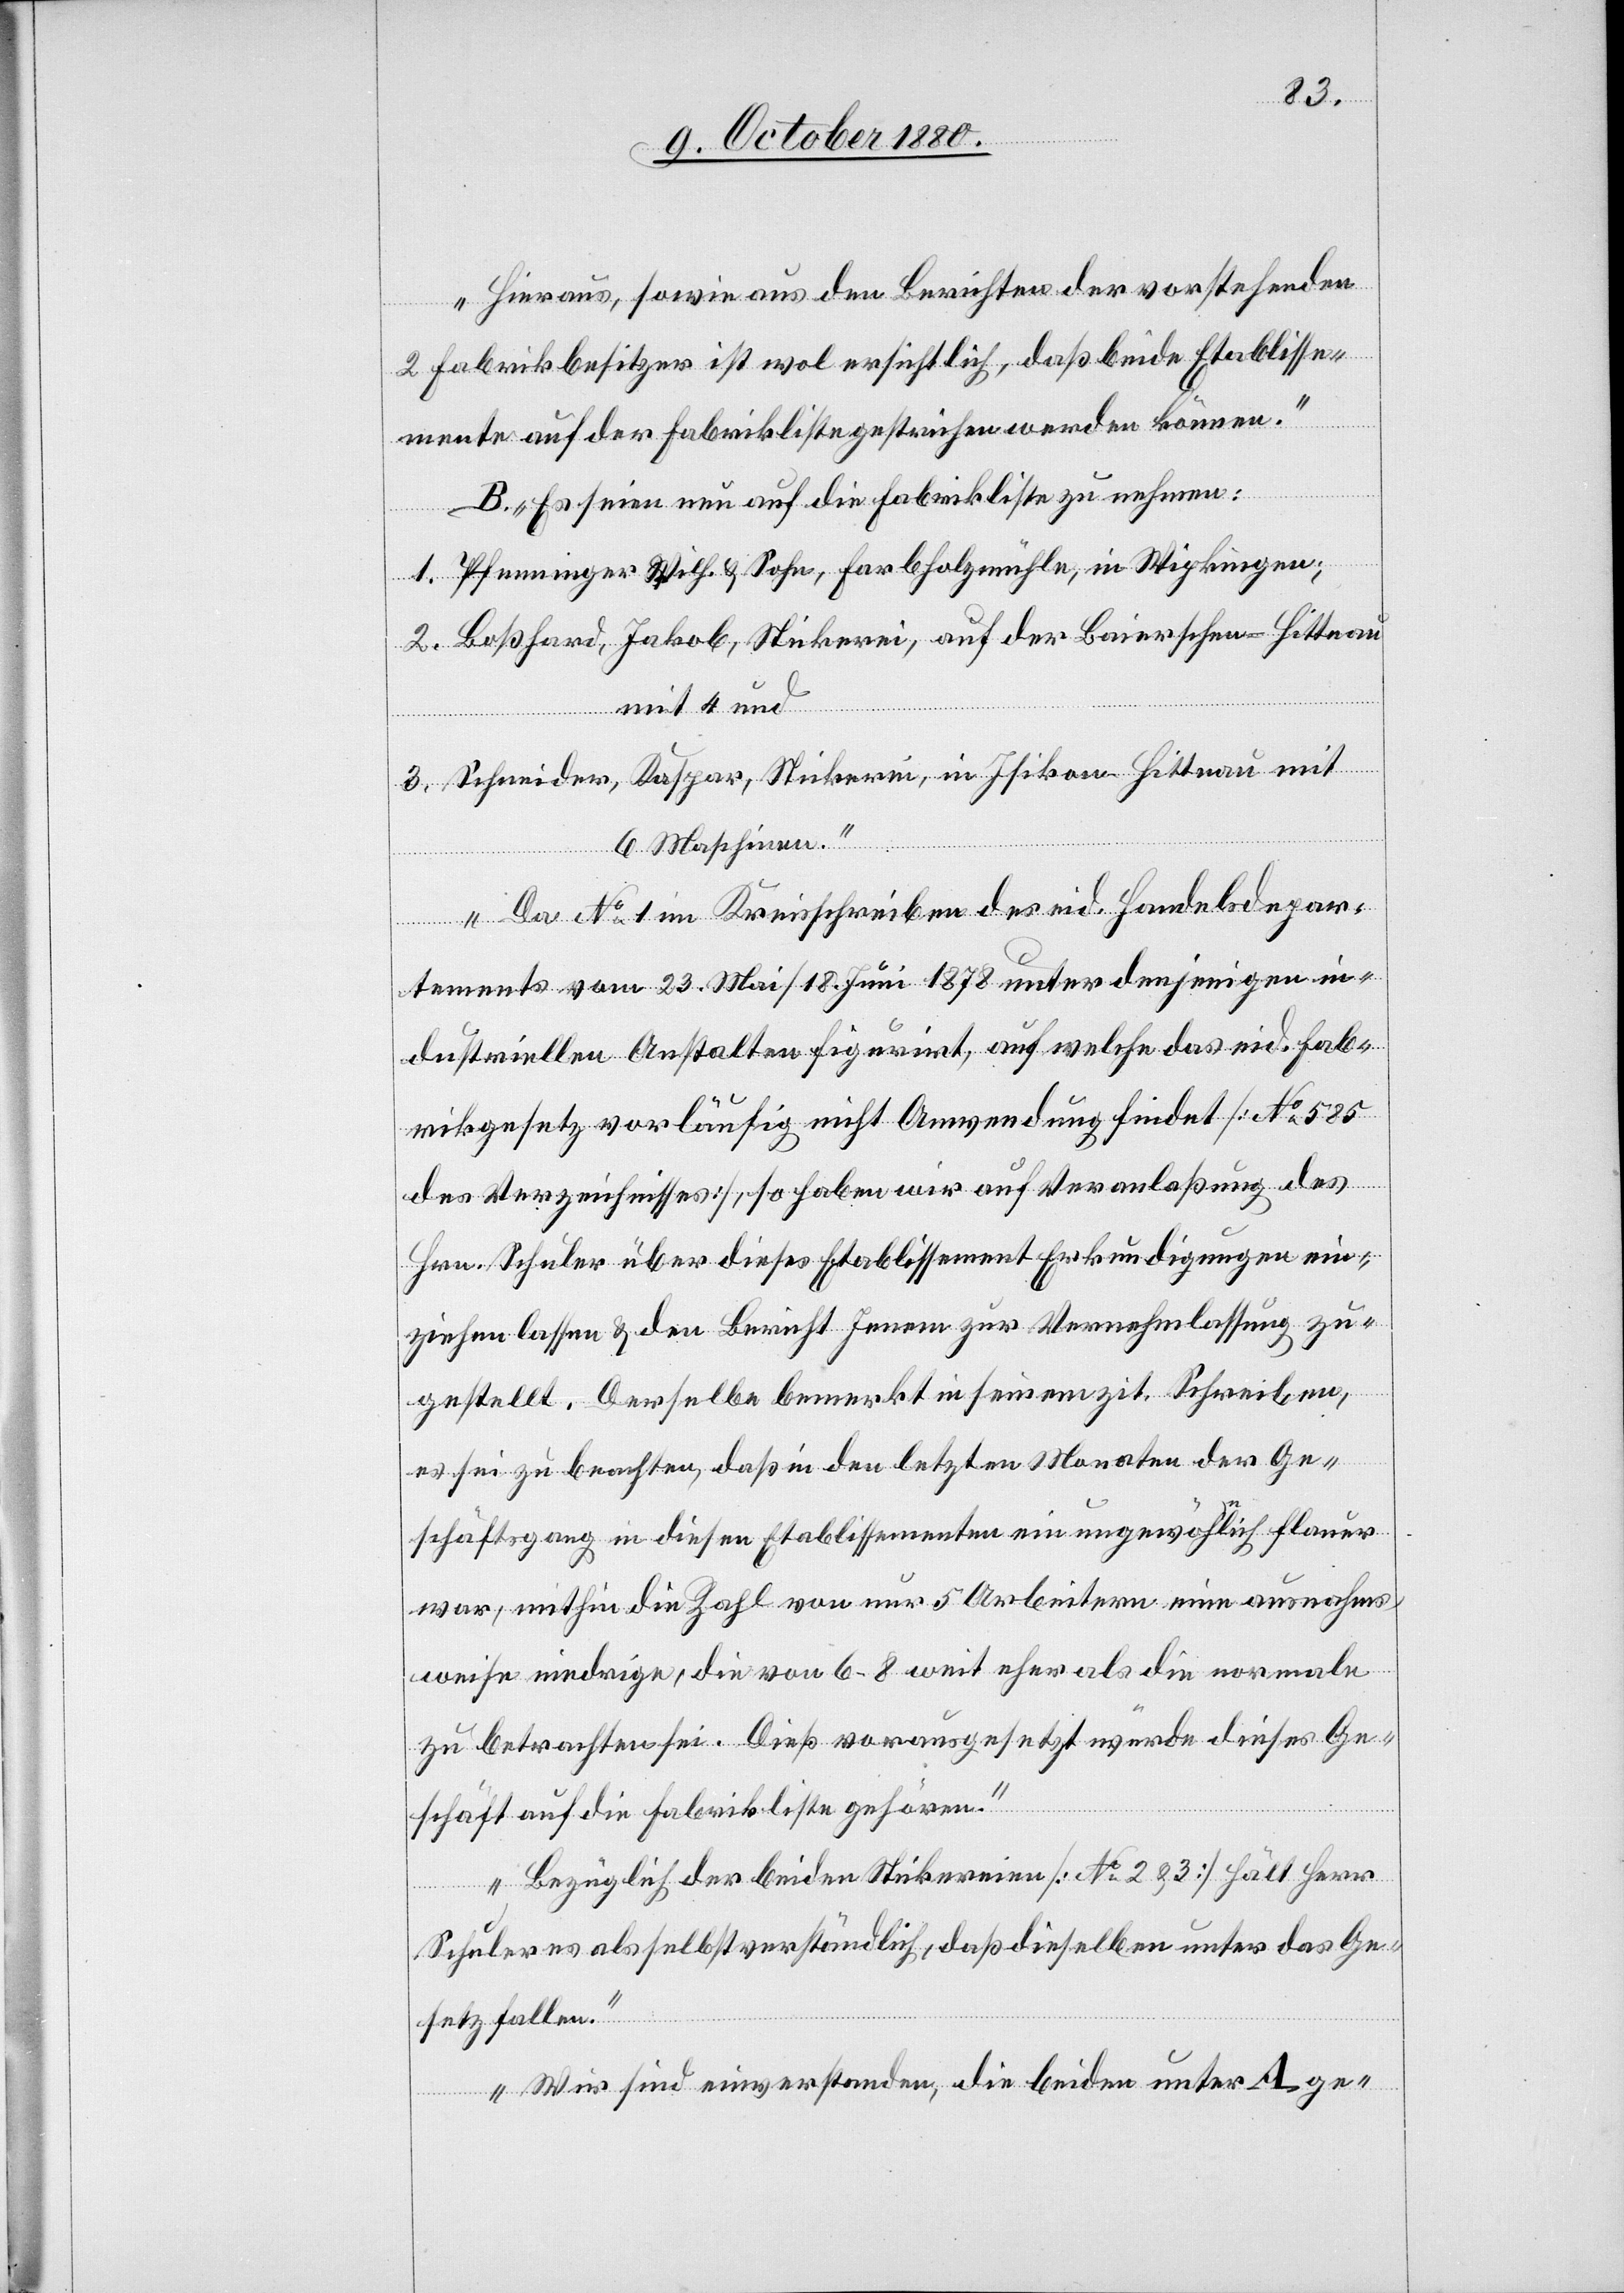
Hieraus, sowie aus den Berichten der vorstehenden
2 Fabrikbesitzer ist wol ersichtlich, daß beide Etablisse¬
mente auf der Fabrikliste gestrichen werden können.
B. Es seien nun auf die Fabrikliste zu nehmen:
1. Pfenninger Wilh. & Sohn, Farbholzmühle, in Wipkingen;
in
mit 4 und
3. Schneider, Kaspar, Stickerei, in Isikon - Hittnau mit
6 Maschinen.
2.
Da No 1 im Kreisschreiben des eid. Handelsdepar¬
tements vom 23. Mai/18. Juni 1878 unter denjenigen in¬
dustriellen Anstalten figurirt, auf welche das eid. Fab¬
rikgesetz vorläufig nicht Anwendung findet [No 585
des Verzeichnisses], so haben wir auf Veranlaßung des
Hrn. Schuler über dieses Etablissement Erkundigungen ein¬
ziehen lassen & den Bericht Jenem zur Vernehmlassung zu¬
gestellt. Derselbe bemerkt in seinem zit. Schreiben,
es sei zu beachten, daß in den letzten Monaten der Ge¬
schäftsgang in diesen Etablissementen ein ungewöhnlich flauer
war, mithin die Zahl von nur 5 Arbeitern einen ausnahms¬
weise niedrige, die von 6–8 weit eher als die normale
zu betrachten sei. Dieß vorausgesetzt würde dieses Ge¬
schäft auf die Fabrikliste gehören.
Bezüglich der beiden Stickereien [No 2 & 3] hält Herr
Schuler als selbstverständlich, daß dieselben unter das Ge¬
setz fallen.
Wir sind einverstanden, die beiden unter A ge-